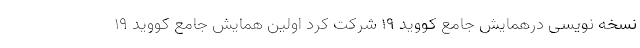
نسخه نویسی درهمایش جامع کووید ۱۹ شرکت کرد اولین همایش جامع کووید 19